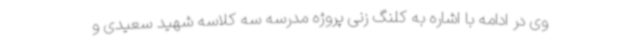
وی در ادامه با اشاره به کلنگ زنی پروژه مدرسه سه کلاسه شهید سعیدی و